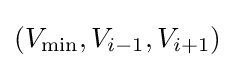
(V_{\min },V_{i-1},V_{i+1})